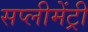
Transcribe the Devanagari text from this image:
सप्लीमेंट्री